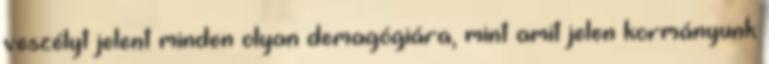
veszélyt jelent minden olyan demagógiára, mint amit jelen kormányunk